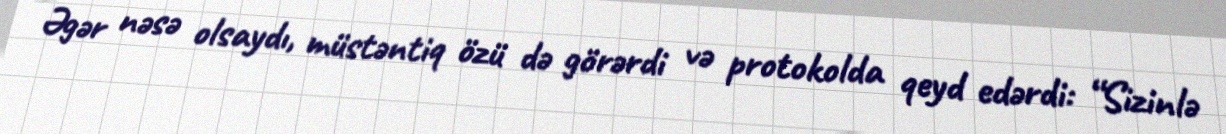
Əgər nəsə olsaydı, müstəntiq özü də görərdi və protokolda qeyd edərdi: “Sizinlə